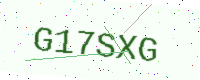
Text: G17SXG